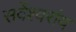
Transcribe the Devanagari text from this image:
सर्वेश्वरांय